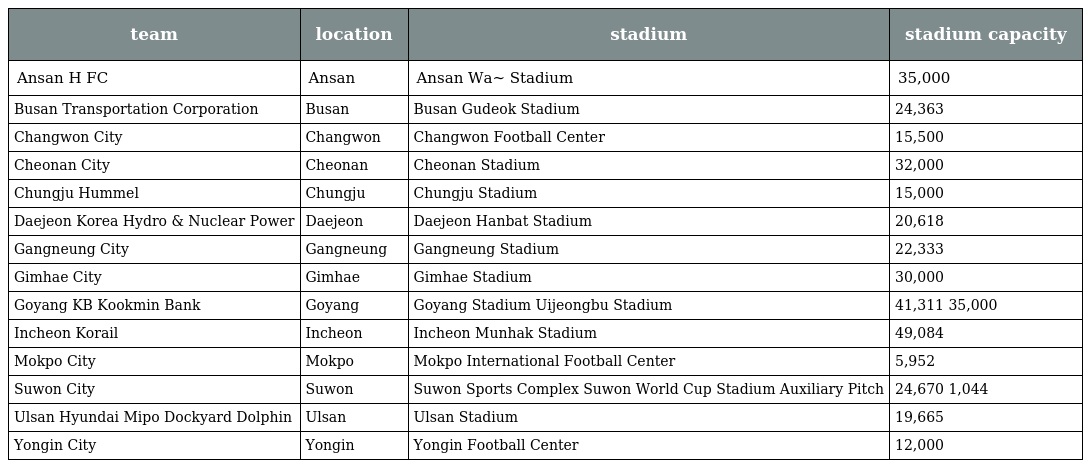
| team | location | stadium | stadium capacity |
 | --- | --- | --- | --- |
 | Ansan H FC | Ansan | Ansan Wa~ Stadium | 35,000 |
 | Busan Transportation Corporation | Busan | Busan Gudeok Stadium | 24,363 |
 | Changwon City | Changwon | Changwon Football Center | 15,500 |
 | Cheonan City | Cheonan | Cheonan Stadium | 32,000 |
 | Chungju Hummel | Chungju | Chungju Stadium | 15,000 |
 | Daejeon Korea Hydro & Nuclear Power | Daejeon | Daejeon Hanbat Stadium | 20,618 |
 | Gangneung City | Gangneung | Gangneung Stadium | 22,333 |
 | Gimhae City | Gimhae | Gimhae Stadium | 30,000 |
 | Goyang KB Kookmin Bank | Goyang | Goyang Stadium Uijeongbu Stadium | 41,311 35,000 |
 | Incheon Korail | Incheon | Incheon Munhak Stadium | 49,084 |
 | Mokpo City | Mokpo | Mokpo International Football Center | 5,952 |
 | Suwon City | Suwon | Suwon Sports Complex Suwon World Cup Stadium Auxiliary Pitch | 24,670 1,044 |
 | Ulsan Hyundai Mipo Dockyard Dolphin | Ulsan | Ulsan Stadium | 19,665 |
 | Yongin City | Yongin | Yongin Football Center | 12,000 |